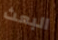
البعث